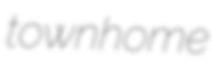
townhome